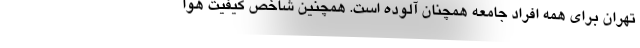
تهران برای همه افراد جامعه همچنان آلوده است. همچنین شاخص کیفیت هوا